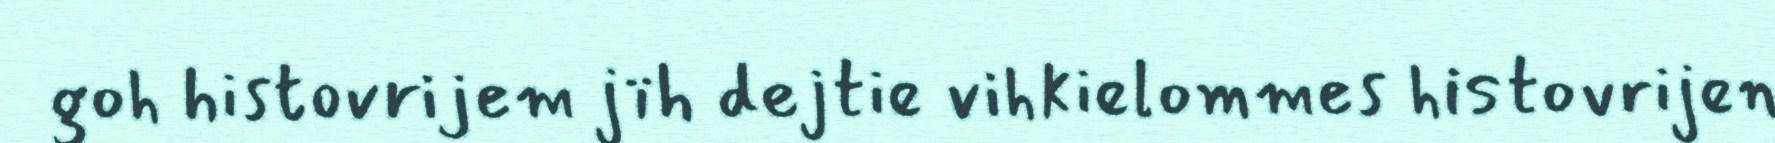
goh histovrijem jïh dejtie vihkielommes histovrijen